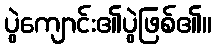
ပွဲကျောင်း၏ပွဲဖြစ်၏။